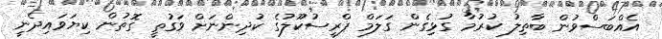
އެއްބަސްވުން ބާތިލު ކުރުމާ ގުޅިގެން ގަލަމް ޕްރީސުކޫލުގެ ކުދިންނަށް ވަގުތީ ގޮތުން ކިޔަވައިދެނީ